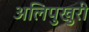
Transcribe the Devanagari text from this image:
अलिपुखुरी